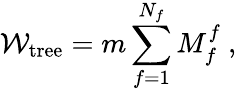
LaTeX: {\cal W}_{\mathrm{tree}}=m\sum_{f=1}^{N_{f}}M_{f}^{f}~,